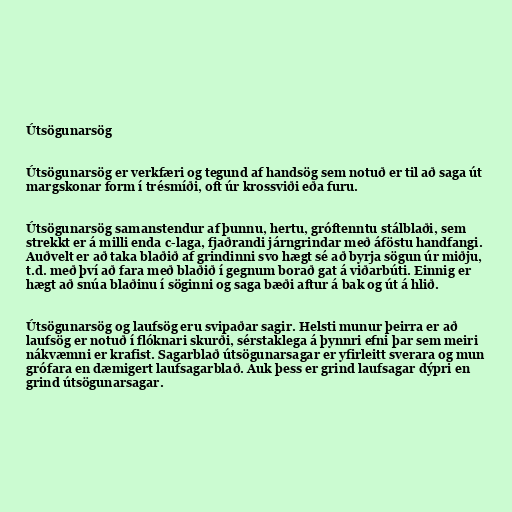
Útsögunarsög

Útsögunarsög er verkfæri og tegund af handsög sem notuð er til að saga út
margskonar form í trésmíði, oft úr krossviði eða furu.

Útsögunarsög samanstendur af þunnu, hertu, gróftenntu stálblaði, sem
strekkt er á milli enda c-laga, fjaðrandi járngrindar með áföstu handfangi.
Auðvelt er að taka blaðið af grindinni svo hægt sé að byrja sögun úr miðju,
t.d. með því að fara með blaðið í gegnum borað gat á viðarbúti. Einnig er
hægt að snúa blaðinu í söginni og saga bæði aftur á bak og út á hlið.

Útsögunarsög og laufsög eru svipaðar sagir. Helsti munur þeirra er að
laufsög er notuð í flóknari skurði, sérstaklega á þynnri efni þar sem meiri
nákvæmni er krafist. Sagarblað útsögunarsagar er yfirleitt sverara og mun
grófara en dæmigert laufsagarblað. Auk þess er grind laufsagar dýpri en
grind útsögunarsagar.